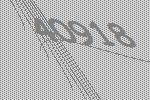
40918